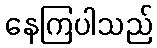
နေကြပါသည်